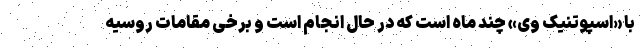
با «اسپوتنیک وی» چند ماه است که در حال انجام است و برخی مقامات روسیه